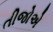
તીજોએ